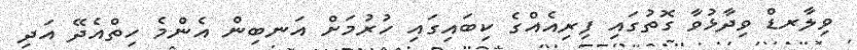
ވިލާރޑް ވިދާޅުވާ ގޮތުގައި ފިރިއެއްގެ ކިބައިގައި ހުރުމަށް އަނބިން އެންމެ ހިތްއެދޭ އަދި